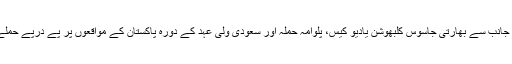
بھارتی ہیکرز کی جانب سے بھارتی جاسوس کلبھوشن یادیو کیس، پلوامہ حملہ اور سعودی ولی عہد کے دورہ پاکستان کے مواقعوں پر پے درپے حملے کیے گئے تھے۔